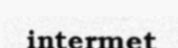
intermet